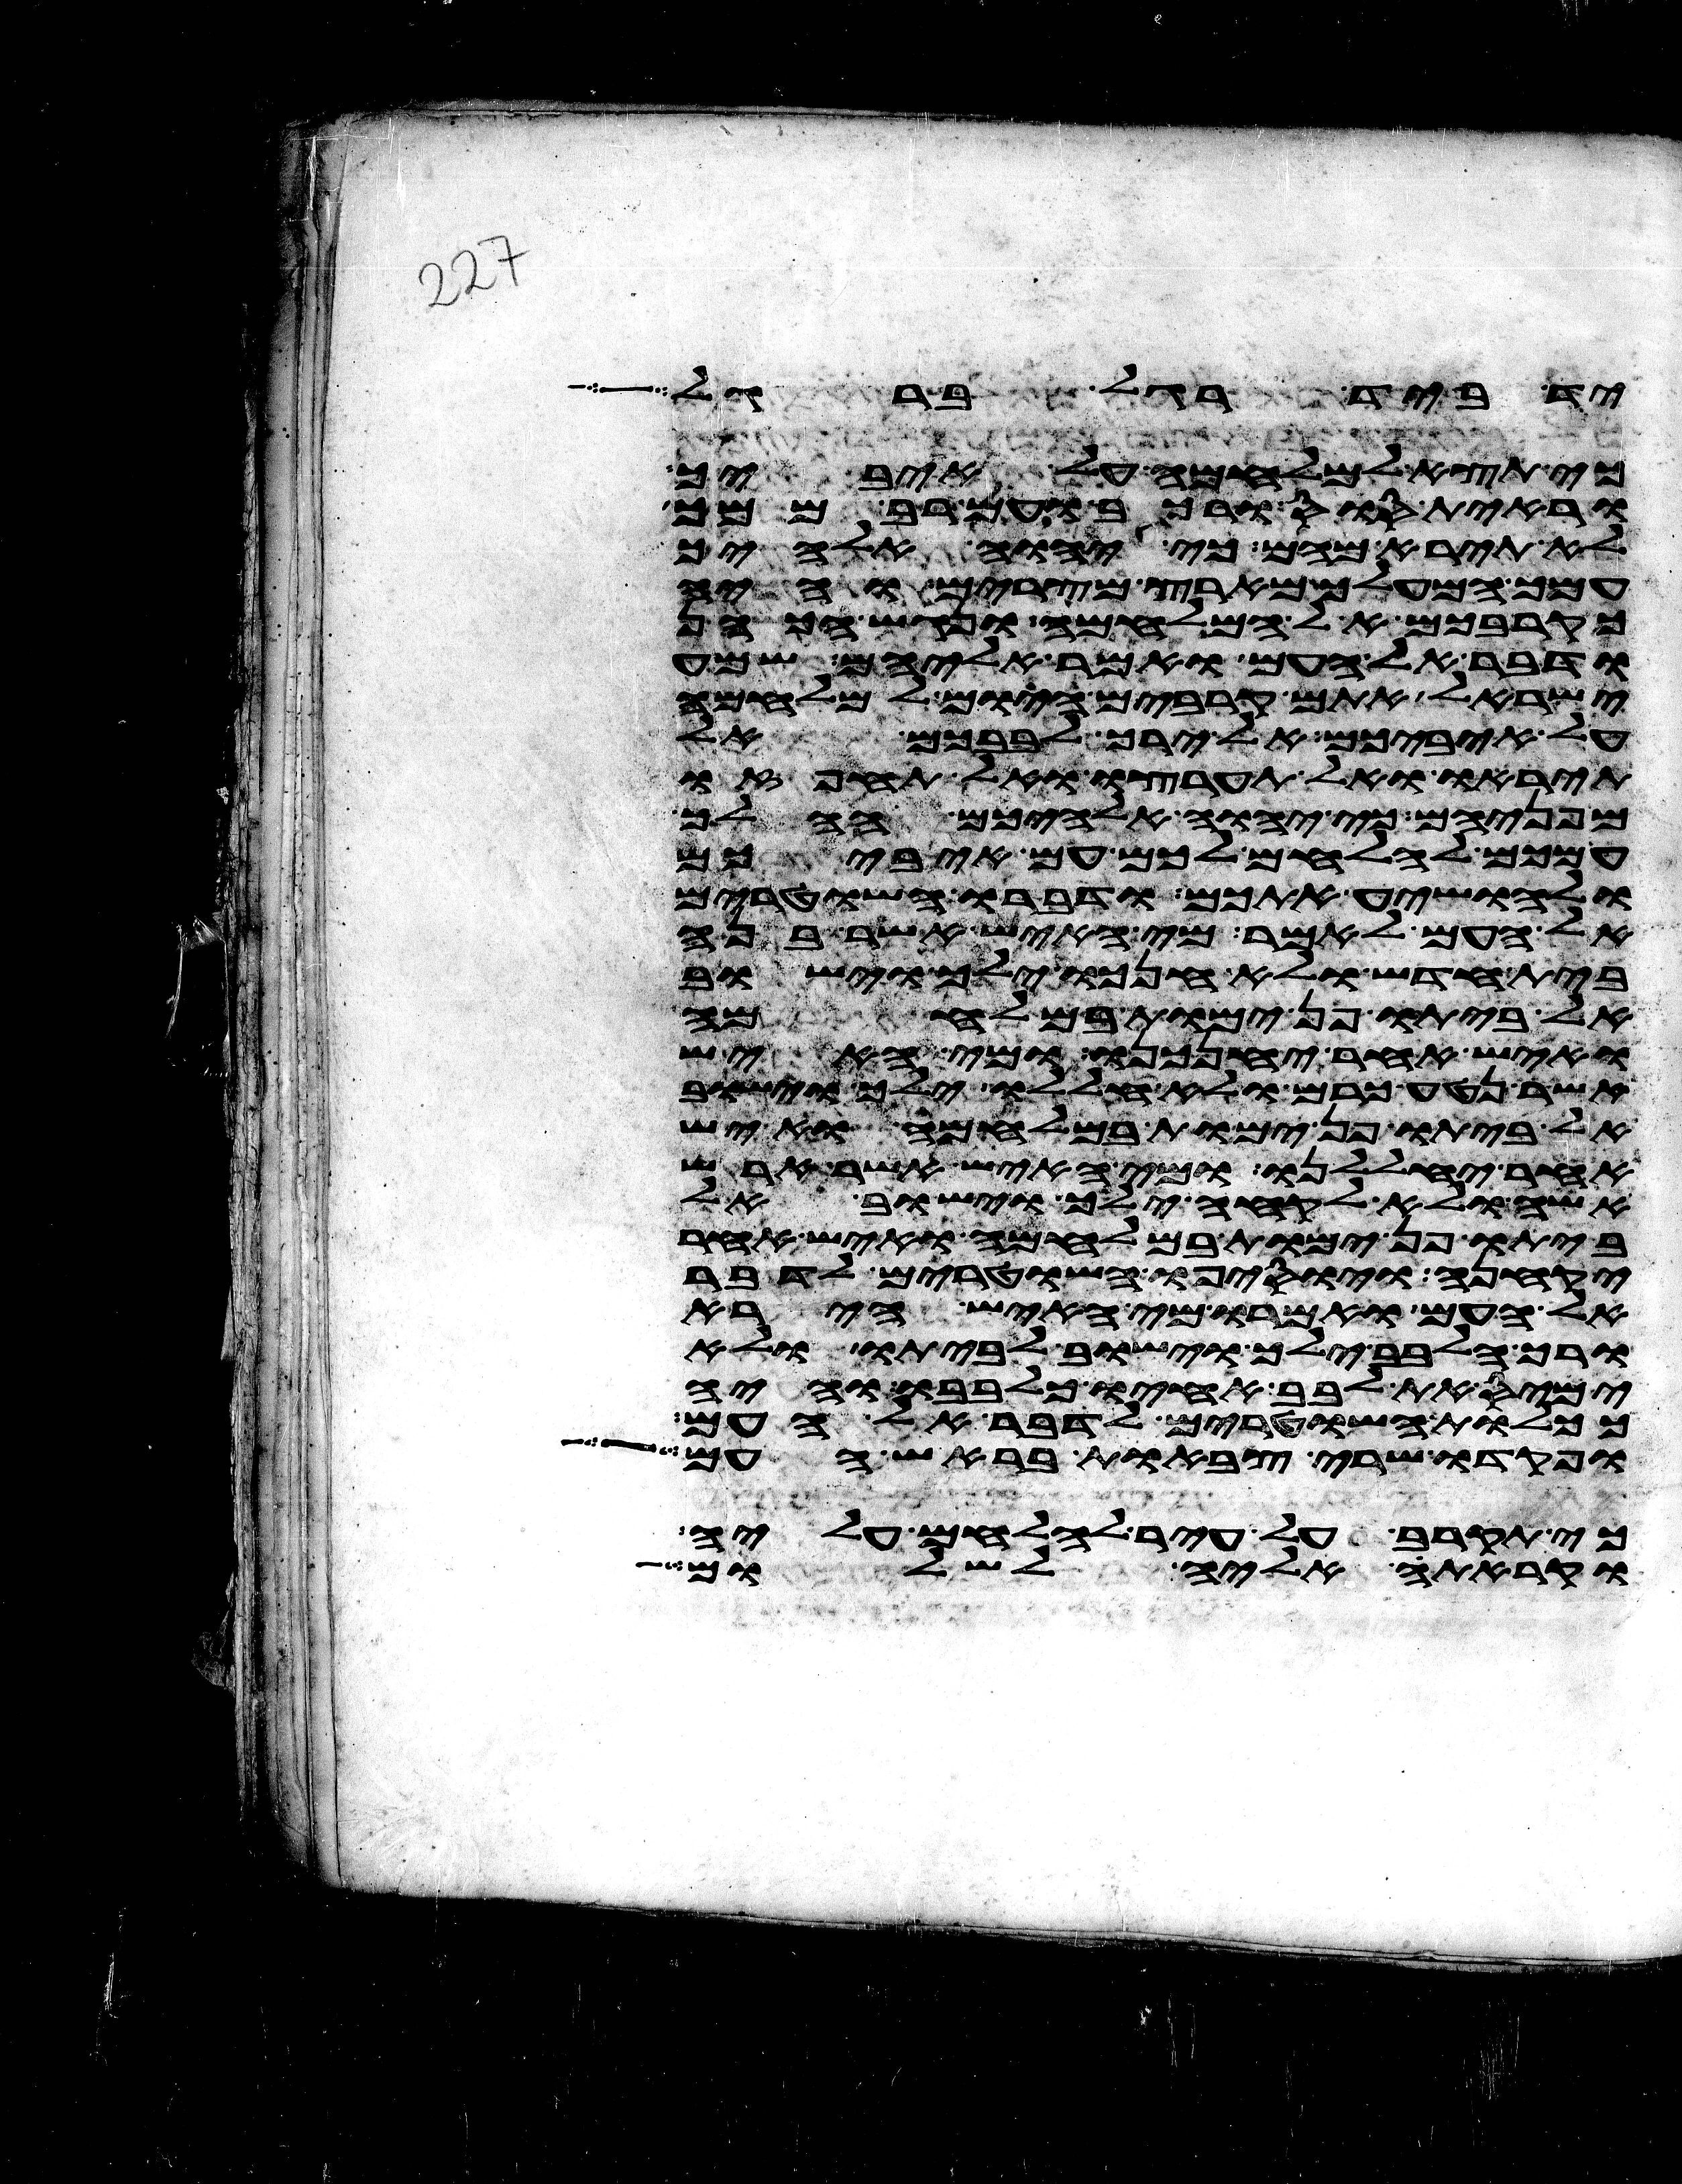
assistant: ביד רגל ברגל
כי תצא למלחמה על איביך
וראית סוס ורכב ועם רב ממך
לא תירא מהם כי יהוה אלהיך
עמך המעלך מארץ מצרים והיה
כקרבכם אל המלחמה ונגש הכהן
ודבר אל העם ואמר אליהם שמע
ישראל אתם קרבים היום למלחמה
על איביכם אל ירך לבבכם אל
תיראו ואל תערצו ואל תחפזו
מפניהם כי יהוה אלהיכם ההלך
עמכם להלחם לכם עם איביכם
ולהושיע אתכם ודברו השטרים
אל העם לאמר מי האיש אשר בנה
בית חדש ולא חנכו ילך וישוב
לביתו פן ימות במלחמה
ואיש אחר יחנכנו ומי האיש
אשר נטע כרם ולא חללו ילך וישוב
לביתו פן ימות במלחמה ואיש
אחר יחללנו ומי האיש אשר ארש
אשה ולא לקחה ילך וישוב
לביתו פן ימות במלחמה ואיש אחר
יקחנה ויוסיפו השטרים לדבר
אל העם ואמרו מי האיש הירא
ורך הלבב ילך וישוב לביתו ולא
ימיס את לבב אחיו כלבבו והיה
ככלות השטרים לדבר אל העם
ופקדו שרי צבאות בראש העם
כי תקרב על עיר להלחם עליה
וקראת אליה לשלום